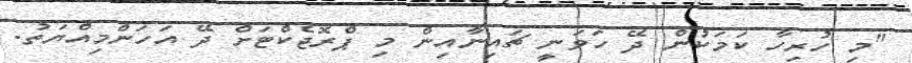
"މި ހުރިހާ ކަމަކުން ދޭ ހަވަނީ ޗައިނާއިން މި ޕްރޮޖެކްޓަށް ދޭ އަހަންމިއްޔަތު.